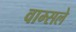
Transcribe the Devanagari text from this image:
वाम्सले